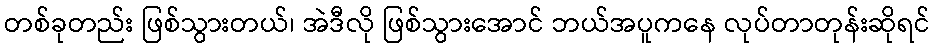
တစ်ခုတည်း ဖြစ်သွားတယ်၊ အဲဒီလို ဖြစ်သွားအောင် ဘယ်အပူကနေ လုပ်တာတုန်းဆိုရင်